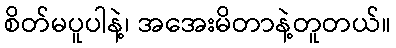
စိတ်မပူပါနဲ့၊ အအေးမိတာနဲ့တူတယ်။